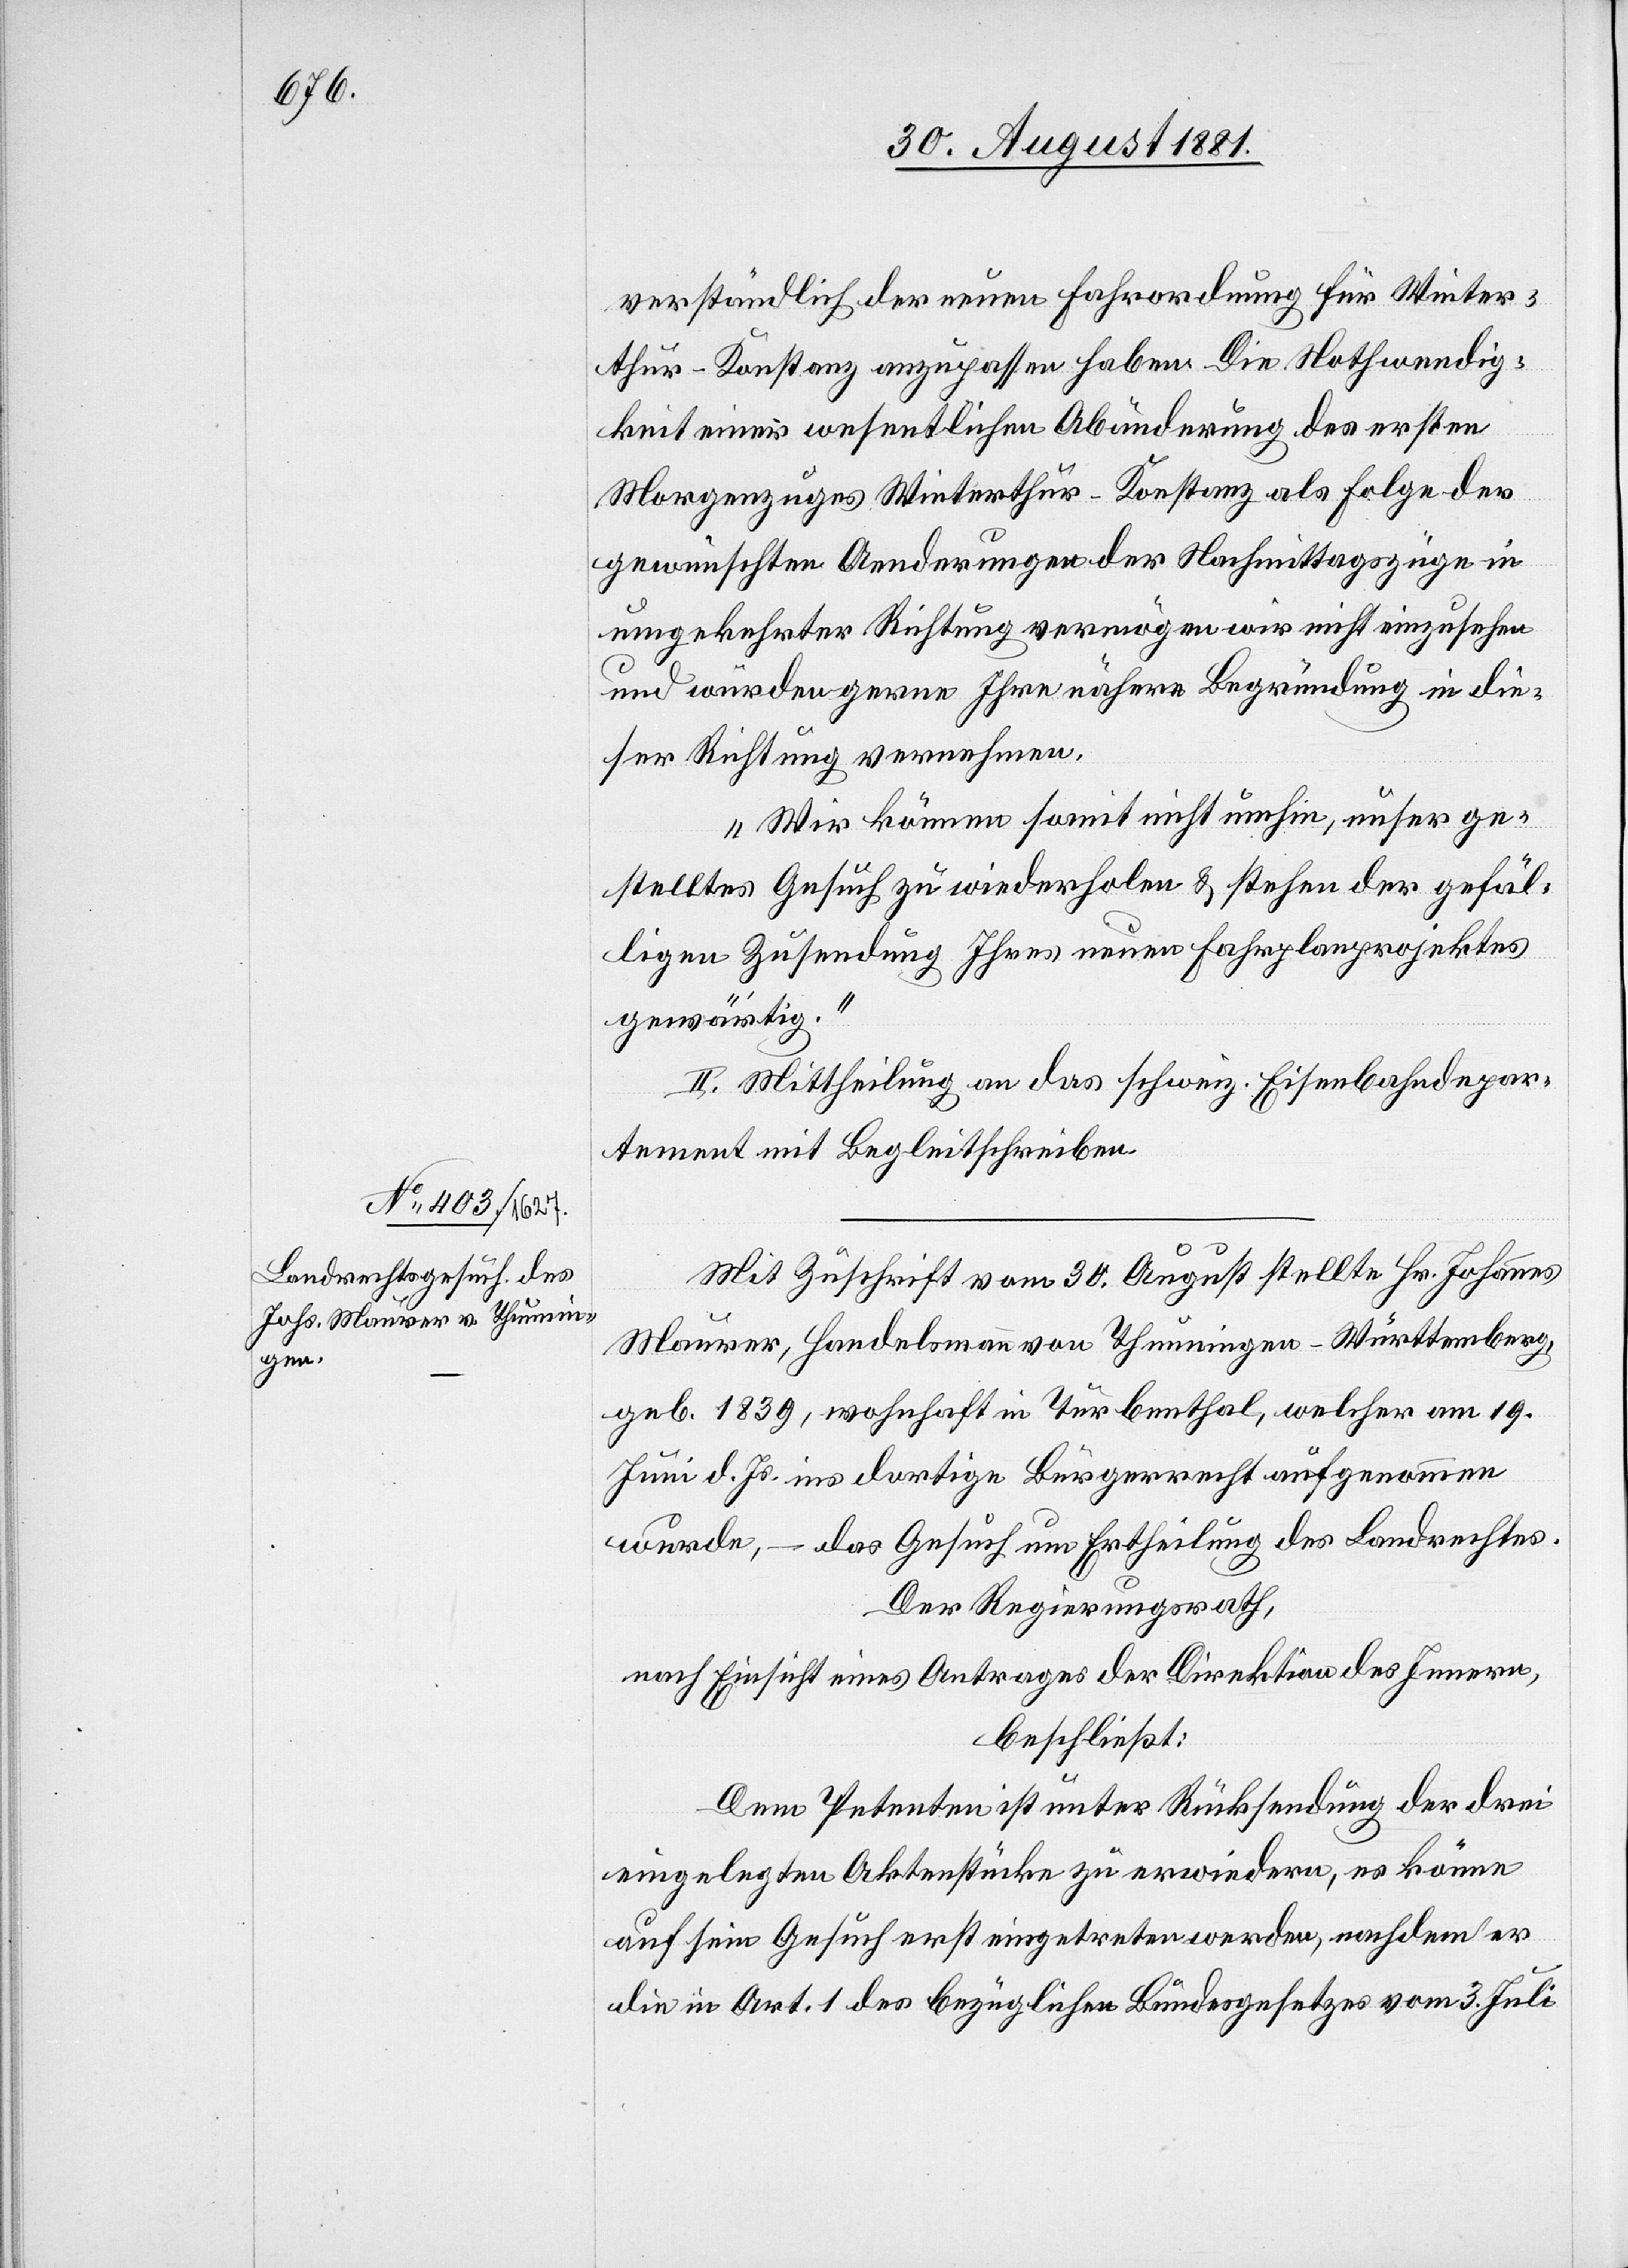
verständlich der neuen Fahrordnung für Winter¬
thur–Konstanz anzupassen haben. Die Nothwendig¬
keit einer wesentlichen Abänderung des ersten
Morgenzuges Winterthur–Konstanz als Folge der
gewünschten Aenderungen der Nachmittagszüge in
umgekehrter Richtung vermögen wir nicht einzusehen
und würden gerne Ihre nähere Begründung in die¬
ser Richtung vernehmen.
Wir können somit nicht umhin, unser ge¬
stelltes Gesuch zu wiederholen & stehen der gefäl¬
ligen Zusendung Ihres neuen Fahrplanprojektes
gewärtig.“
II. Mittheilung an das schweiz. Eisenbahndepar¬
tement mit Begleitschreiben.
Mit Zuschrift vom 30. August stellte Hr. Johannes
Maurer, Handelsmann von Thunningen - Württemberg,
geb. 1839, wohnhaft in Turbenthal, welcher am 19.
Juni d. Js. ins dortige Bürgerrecht aufgenommen
wurde, – das Gesuch um Ertheilung des Landrechtes.
Der Regierungsrath,
nach Einsicht eines Antrages der Direktion des Innern,
beschließt:
Dem Petenten ist unter Rücksendung der drei
eingelegten Aktenstücke zu erwiedern, es könne
auf sein Gesuch erst eingetreten werden, nachdem er
die in Art. 1 des bezüglichen Bundesgesetzes vom 3. Juli